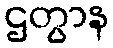
ဌတွာန